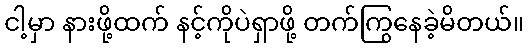
ငါ့မှာ နားဖို့ထက် နင့်ကိုပဲရှာဖို့ တက်ကြွနေခဲ့မိတယ်။